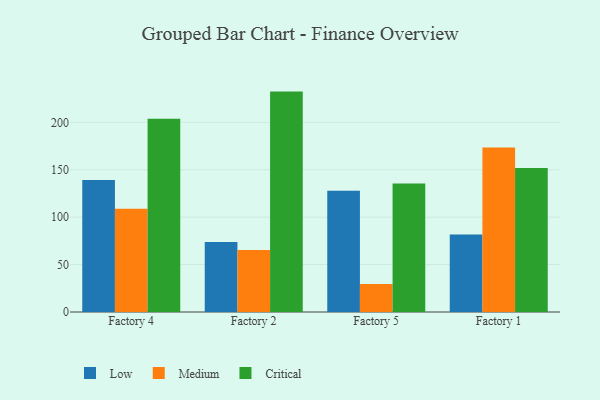
{"axis": {"x": "Factory", "y": "Conversion Rate (%)"}, "legend": ["Critical", "Low", "Medium"], "data": [{"x": "Factory 4", "y": 139.3, "type": "Low"}, {"x": "Factory 4", "y": 108.9, "type": "Medium"}, {"x": "Factory 4", "y": 203.8, "type": "Critical"}, {"x": "Factory 2", "y": 73.7, "type": "Low"}, {"x": "Factory 2", "y": 65.4, "type": "Medium"}, {"x": "Factory 2", "y": 232.4, "type": "Critical"}, {"x": "Factory 5", "y": 127.9, "type": "Low"}, {"x": "Factory 5", "y": 29.4, "type": "Medium"}, {"x": "Factory 5", "y": 135.6, "type": "Critical"}, {"x": "Factory 1", "y": 81.7, "type": "Low"}, {"x": "Factory 1", "y": 173.5, "type": "Medium"}, {"x": "Factory 1", "y": 151.9, "type": "Critical"}]}